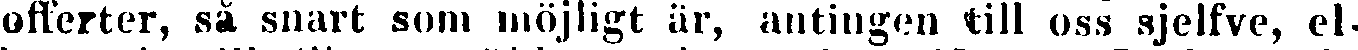
offerter, så snart som möjligt är, antingen till oss sjelfve, el-